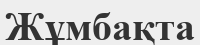
Жұмбақта